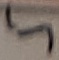
Text: 5